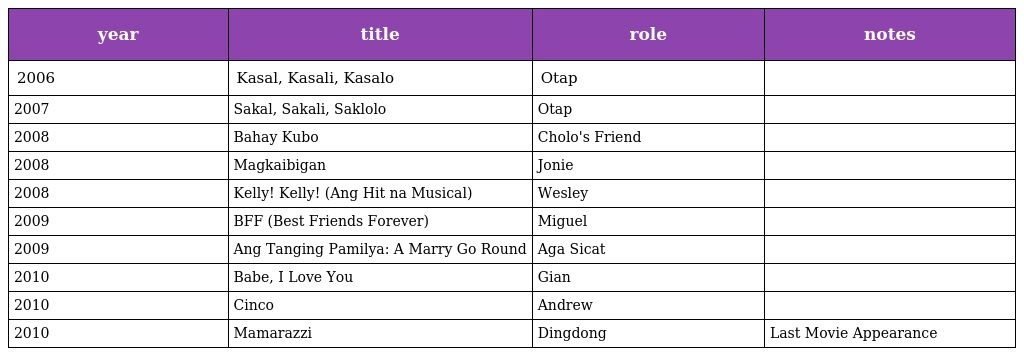
| year | title | role | notes |
 | --- | --- | --- | --- |
 | 2006 | Kasal, Kasali, Kasalo | Otap |  |
 | 2007 | Sakal, Sakali, Saklolo | Otap |  |
 | 2008 | Bahay Kubo | Cholo's Friend |  |
 | 2008 | Magkaibigan | Jonie |  |
 | 2008 | Kelly! Kelly! (Ang Hit na Musical) | Wesley |  |
 | 2009 | BFF (Best Friends Forever) | Miguel |  |
 | 2009 | Ang Tanging Pamilya: A Marry Go Round | Aga Sicat |  |
 | 2010 | Babe, I Love You | Gian |  |
 | 2010 | Cinco | Andrew |  |
 | 2010 | Mamarazzi | Dingdong | Last Movie Appearance |